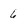
Character: 6